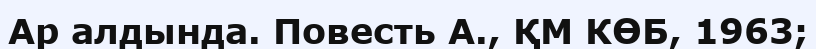
Ар алдында. Повесть А., ҚМ КӨБ, 1963;